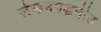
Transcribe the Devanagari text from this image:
लेखनपद्धतीत